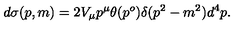
d \sigma ( p , m ) = 2 V _ { \mu } p ^ { \mu } \theta ( p ^ { o } ) \delta ( p ^ { 2 } - m ^ { 2 } ) d ^ { 4 } p .